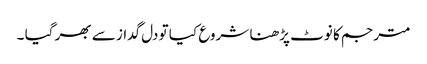
مترجم کا نوٹ پڑھنا شروع کیا تو دل گداز سے بھر گیا ۔